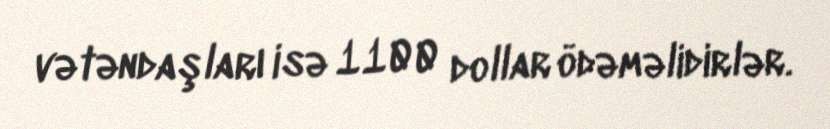
vətəndaşları isə 1100 dollar ödəməlidirlər.